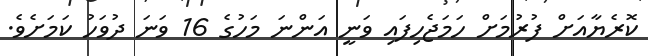
ކޮރެޔާއަށް ފުރުމަށް ހަމަޖެހިފައި ވަނީ އަންނަ މަހުގެ 16 ވަނަ ދުވަހު ކަމަށެވެ.